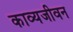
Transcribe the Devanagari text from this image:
काव्यजीवन